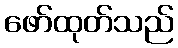
ဖော်ထုတ်သည်